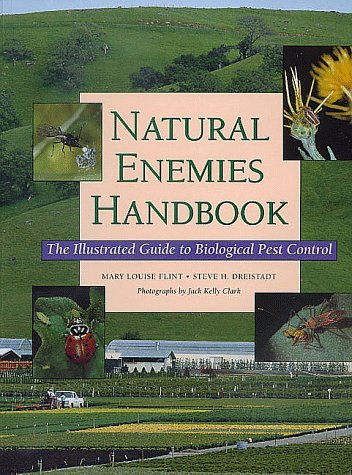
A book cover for Natural Enemies Handbook: The Illustrated Guide to Biological Pest Control (Publication (University of California (System). Division of Agriculture and Natural Resources), 3386.); Mary Louise Flint; Crafts, Hobbies & Home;